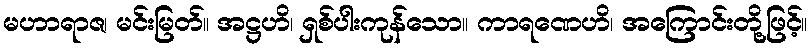
မဟာရာဇ၊ မင်းမြတ်။ အဋ္ဌဟိ၊ ရှစ်ပါးကုန်သော။ ကာရဏေဟိ၊ အကြောင်းတို့ဖြင့်။